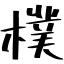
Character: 樸